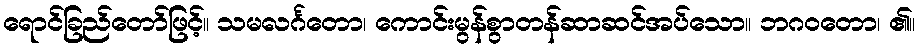
ရောင်ခြည်တော်ဖြင့်။ သမလင်္ဂတော၊ ကောင်းမွန်စွာတန်ဆာဆင်အပ်သော။ ဘဂဝတော၊ ၏။